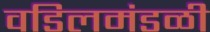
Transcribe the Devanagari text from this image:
वडिलमंडळी